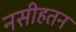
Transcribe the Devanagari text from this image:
नसीहतन